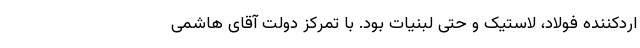
اردکننده فولاد، لاستیک و حتی لبنیات بود. با تمرکز دولت آقای هاشمی